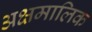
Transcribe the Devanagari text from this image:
अक्षमालिक